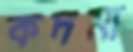
কদমা